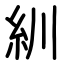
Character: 紃